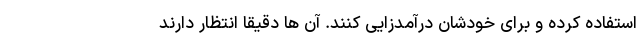
استفاده کرده و برای خودشان درآمدزایی کنند. آن ها دقیقا انتظار دارند